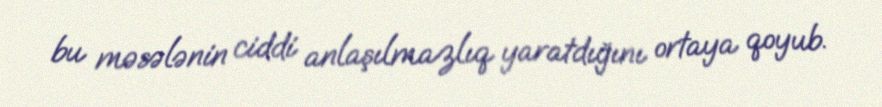
bu məsələnin ciddi anlaşılmazlıq yaratdığını ortaya qoyub.